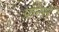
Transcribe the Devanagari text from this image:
फ्रन्से